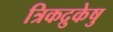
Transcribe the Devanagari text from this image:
त्रिकद्रुकेषु